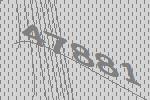
47881